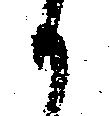
御